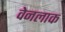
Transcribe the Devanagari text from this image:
वेनलाक